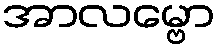
အာလမ္ဗော